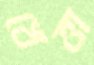
খেত্তা